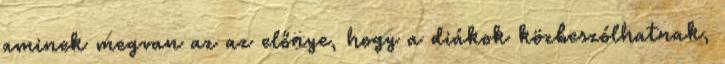
aminek megvan az az előnye, hogy a diákok közbeszólhatnak,